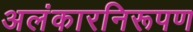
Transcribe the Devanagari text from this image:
अलंकारनिरूपण